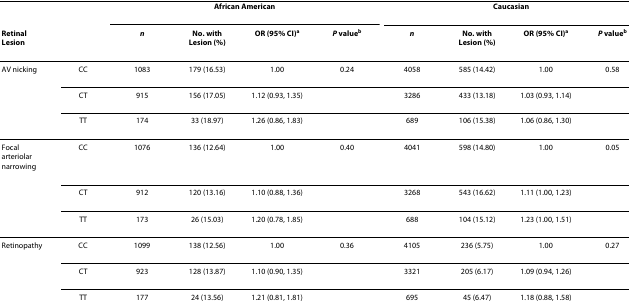
<table><thead><tr><td></td><td></td><td colspan="4"><b>African American</b></td><td colspan="4"><b>Caucasian</b></td></tr><tr><td><b>Retinal Lesion</b></td><td></td><td><b><i>n</i></b></td><td><b>No. with Lesion (%)</b></td><td><b>OR (95% CI)<sup>a</sup></b></td><td><b><i>P </i>value<sup>b</sup></b></td><td><b><i>n</i></b></td><td><b>No. with Lesion (%)</b></td><td><b>OR (95% CI)<sup>a</sup></b></td><td><b><i>P </i>value<sup>b</sup></b></td></tr></thead><tbody><tr><td>AV nicking</td><td>CC</td><td>1083</td><td>179 (16.53)</td><td>1.00</td><td>0.24</td><td>4058</td><td>585 (14.42)</td><td>1.00</td><td>0.58</td></tr><tr><td></td><td>CT</td><td>915</td><td>156 (17.05)</td><td>1.12 (0.93, 1.35)</td><td></td><td>3286</td><td>433 (13.18)</td><td>1.03 (0.93, 1.14)</td><td></td></tr><tr><td></td><td>TT</td><td>174</td><td>33 (18.97)</td><td>1.26 (0.86, 1.83)</td><td></td><td>689</td><td>106 (15.38)</td><td>1.06 (0.86, 1.30)</td><td></td></tr><tr><td>Focal arteriolar narrowing</td><td>CC</td><td>1076</td><td>136 (12.64)</td><td>1.00</td><td>0.40</td><td>4041</td><td>598 (14.80)</td><td>1.00</td><td>0.05</td></tr><tr><td></td><td>CT</td><td>912</td><td>120 (13.16)</td><td>1.10 (0.88, 1.36)</td><td></td><td>3268</td><td>543 (16.62)</td><td>1.11 (1.00, 1.23)</td><td></td></tr><tr><td></td><td>TT</td><td>173</td><td>26 (15.03)</td><td>1.20 (0.78, 1.85)</td><td></td><td>688</td><td>104 (15.12)</td><td>1.23 (1.00, 1.51)</td><td></td></tr><tr><td>Retinopathy</td><td>CC</td><td>1099</td><td>138 (12.56)</td><td>1.00</td><td>0.36</td><td>4105</td><td>236 (5.75)</td><td>1.00</td><td>0.27</td></tr><tr><td></td><td>CT</td><td>923</td><td>128 (13.87)</td><td>1.10 (0.90, 1.35)</td><td></td><td>3321</td><td>205 (6.17)</td><td>1.09 (0.94, 1.26)</td><td></td></tr><tr><td></td><td>TT</td><td>177</td><td>24 (13.56)</td><td>1.21 (0.81, 1.81)</td><td></td><td>695</td><td>45 (6.47)</td><td>1.18 (0.88, 1.58)</td><td></td></tr></tbody></table>